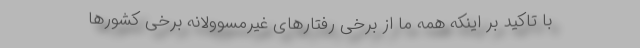
با تاکید بر اینکه همه ما از برخی رفتارهای غیرمسوولانه برخی کشورها